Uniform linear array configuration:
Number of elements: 24
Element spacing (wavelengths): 0.75
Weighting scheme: uniform
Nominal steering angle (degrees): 0
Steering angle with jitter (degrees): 0.3939
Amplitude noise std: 0.05
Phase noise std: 0.05

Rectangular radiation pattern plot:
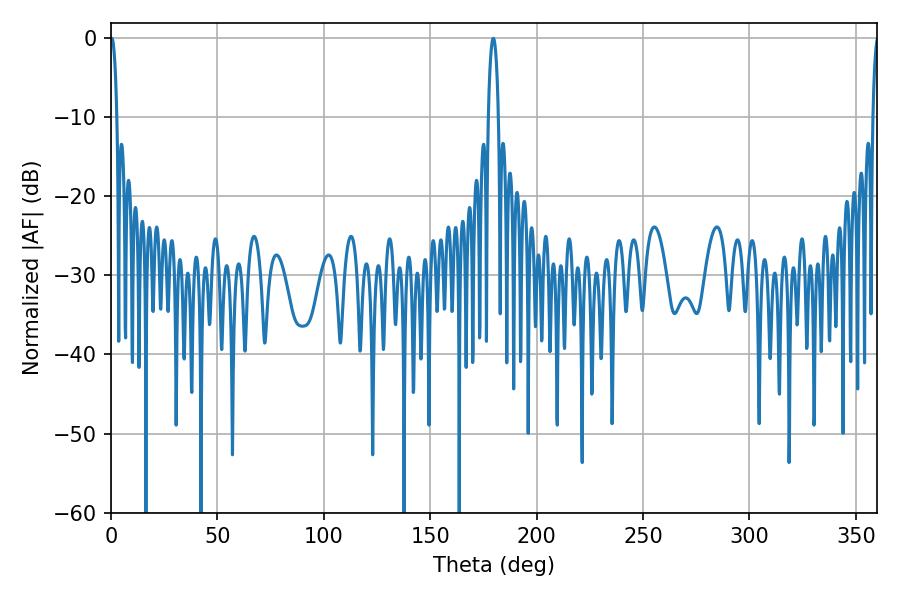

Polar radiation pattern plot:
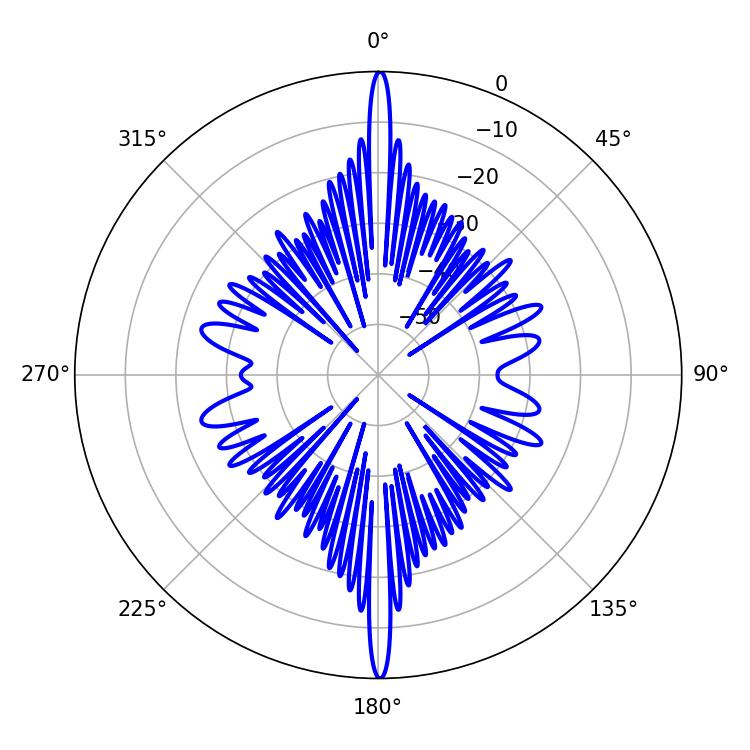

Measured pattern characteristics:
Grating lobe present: TRUE
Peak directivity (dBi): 46.574
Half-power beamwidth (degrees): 1.62
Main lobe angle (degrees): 0.36